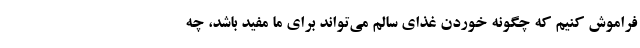
فراموش کنیم که چگونه خوردن غذای سالم می‌تواند برای ما مفید باشد، چه